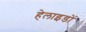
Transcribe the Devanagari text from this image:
हेलाइडों